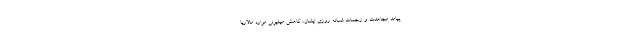
پیامد مجاهدت و زحمات شبانه روزی ایشان، کاهش میلیونی موارد مالاریا